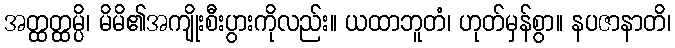
အတ္ထတ္ထမ္ပိ၊ မိမိ၏အကျိုးစီးပွားကိုလည်း။ ယထာဘူတံ၊ ဟုတ်မှန်စွာ။ နပဇာနာတိ၊